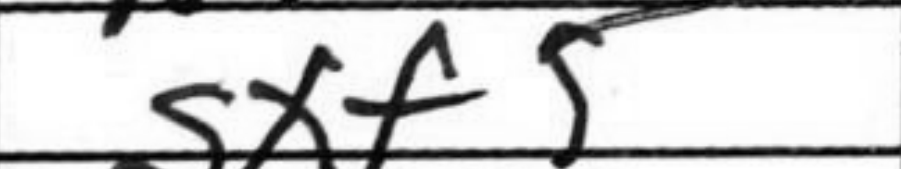
Transcription: gxf5